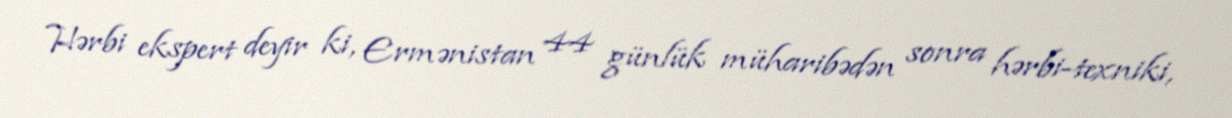
Hərbi ekspert deyir ki, Ermənistan 44 günlük müharibədən sonra hərbi-texniki,